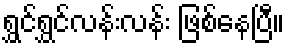
ရွှင်ရွှင်လန်းလန်း ဖြစ်နေပြီ။